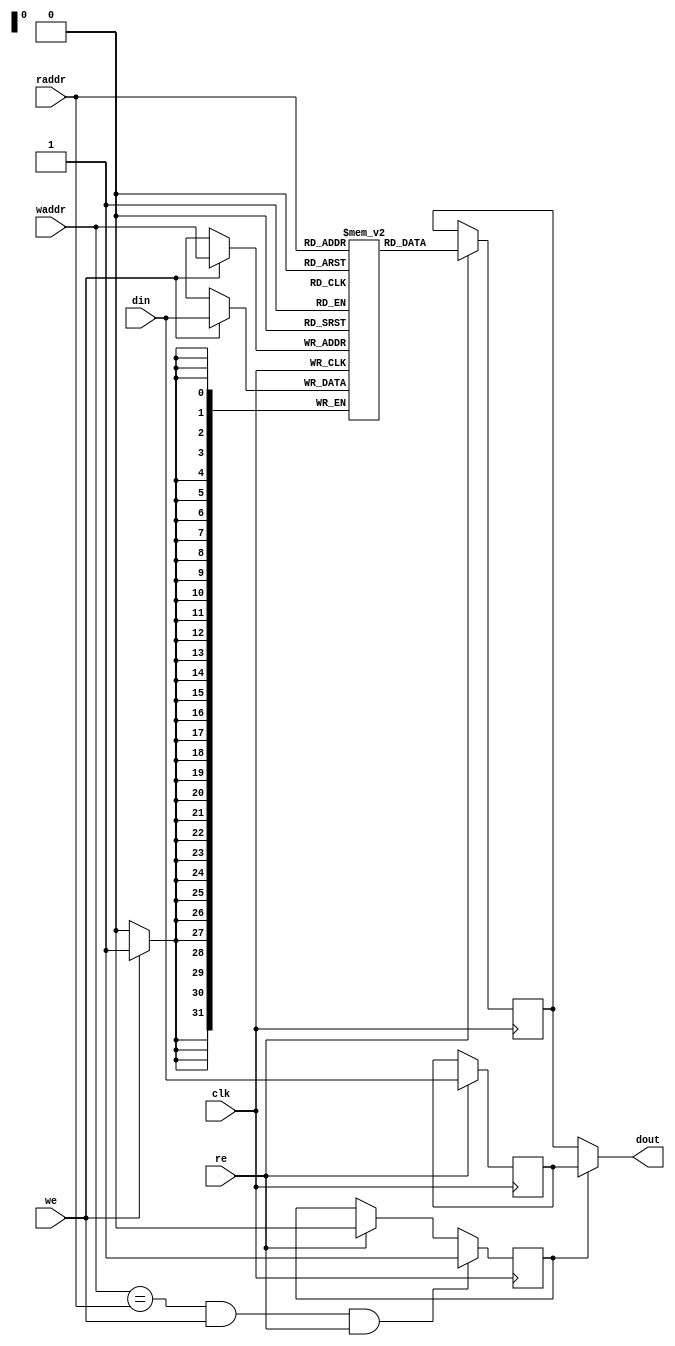
/*
 * Copyright (c) 2014, Stefan Kristiansson <stefan.kristiansson@saunalahti.fi>
 * All rights reserved.
 *
 * Redistribution and use in source and non-source forms, with or without
 * modification, are permitted provided that the following conditions are met:
 *     * Redistributions of source code must retain the above copyright
 *       notice, this list of conditions and the following disclaimer.
 *     * Redistributions in non-source form must reproduce the above copyright
 *       notice, this list of conditions and the following disclaimer in the
 *       documentation and/or other materials provided with the distribution.
 *
 * THIS WORK IS PROVIDED BY THE COPYRIGHT HOLDERS AND CONTRIBUTORS "AS IS"
 * AND ANY EXPRESS OR IMPLIED WARRANTIES, INCLUDING, BUT NOT LIMITED TO,
 * THE IMPLIED WARRANTIES OF MERCHANTABILITY AND FITNESS FOR A PARTICULAR
 * PURPOSE ARE DISCLAIMED. IN NO EVENT SHALL THE COPYRIGHT HOLDER OR
 * CONTRIBUTORS BE LIABLE FOR ANY DIRECT, INDIRECT, INCIDENTAL, SPECIAL,
 * EXEMPLARY, OR CONSEQUENTIAL DAMAGES (INCLUDING, BUT NOT LIMITED TO,
 * PROCUREMENT OF SUBSTITUTE GOODS OR SERVICES;
 * LOSS OF USE, DATA, OR PROFITS; OR BUSINESS INTERRUPTION) HOWEVER CAUSED AND
 * ON ANY THEORY OF LIABILITY, WHETHER IN CONTRACT, STRICT LIABILITY, OR TORT
 * (INCLUDING NEGLIGENCE OR OTHERWISE) ARISING IN ANY WAY OUT OF THE USE OF THIS
 * WORK, EVEN IF ADVISED OF THE POSSIBILITY OF SUCH DAMAGE.
 */

module eco32f_simple_dpram_sclk #(
	parameter ADDR_WIDTH = 32,
	parameter DATA_WIDTH = 32,
	parameter ENABLE_BYPASS = 1
)(
	input 			clk,
	input [ADDR_WIDTH-1:0] 	raddr,
	input 			re,
	input [ADDR_WIDTH-1:0] 	waddr,
	input 			we,
	input [DATA_WIDTH-1:0] 	din,
	output [DATA_WIDTH-1:0] dout
);

reg [DATA_WIDTH-1:0]     mem[(1<<ADDR_WIDTH)-1:0];
reg [DATA_WIDTH-1:0]     rdata;

generate
if (ENABLE_BYPASS) begin : bypass_gen
reg [DATA_WIDTH-1:0]     din_r;
reg 			 bypass;

assign dout = bypass ? din_r : rdata;

always @(posedge clk)
	if (re)
		din_r <= din;

always @(posedge clk)
	if (waddr == raddr && we && re)
		bypass <= 1;
	else if (re)
		bypass <= 0;
end else begin
assign dout = rdata;
end
endgenerate

always @(posedge clk) begin
	if (we)
		mem[waddr] <= din;
	if (re)
		rdata <= mem[raddr];
end

endmodule